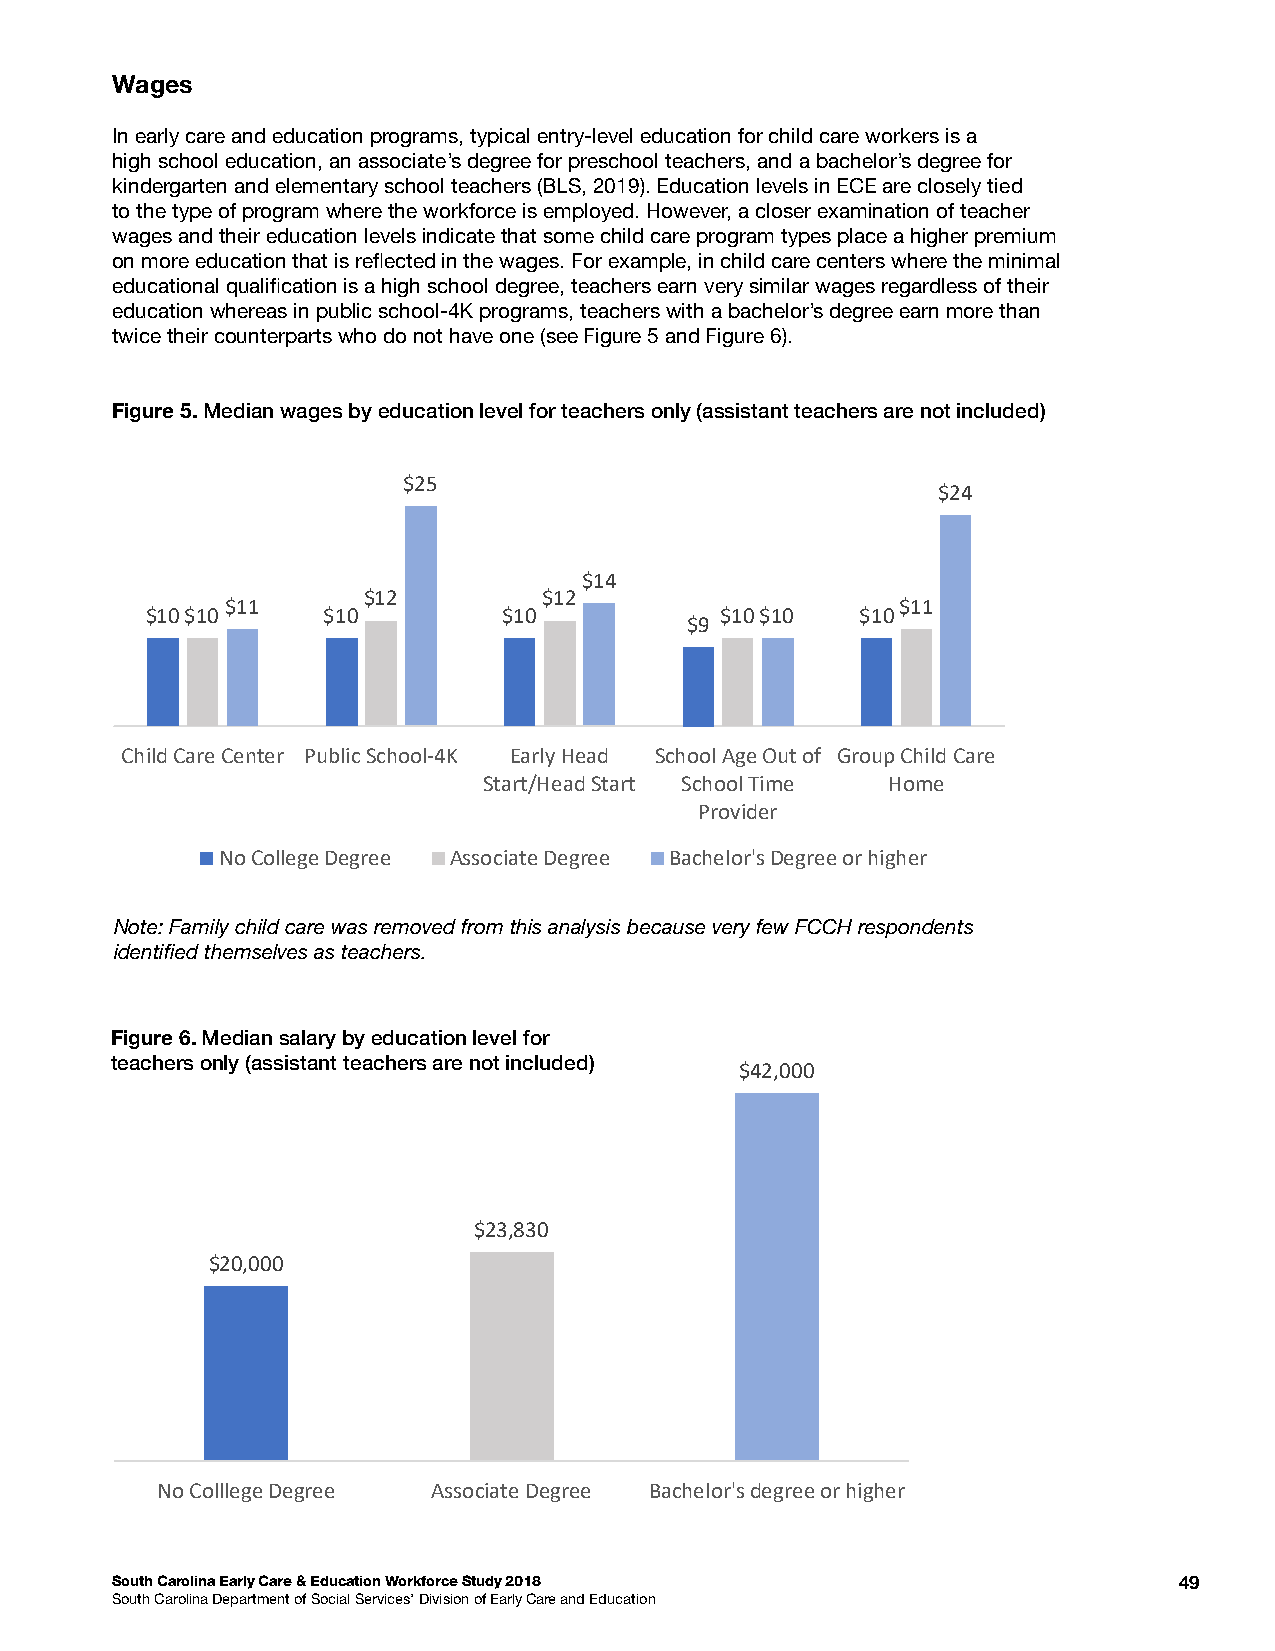
Wages
 In early care and education programs, typical entry-level education for child care workers is a
 high school education, an associate’s degree for preschool teachers, and a bachelor’s degree for
 kindergarten and elementary school teachers (BLS, 2019). Education levels in ECE are closely tied
 to the type of program where the workforce is employed. However, a closer examination of teacher
 wages and their education levels indicate that some child care program types place a higher premium
 on more education that is refected in the wages. For example, in child care centers where the minimal
 educational qualifcation is a high school degree, teachers earn very similar wages regardless of their
 education whereas in public school-4K programs, teachers with a bachelor’s degree earn more than
 twice their counterparts who do not have one (see Figure 5 and Figure 6).
 Figure 5. Median wages by education level for teachers only (assistant teachers are not included)
 $25
 $24
 $14
 $12         $12
 $11                                          $11
 $10 $10    $10         $10            $10 $10  $10
 $9
 Child Care Center Public School-4K Early Head School Age Out of Group Child Care
 Start/Head Start School Time Home
 Provider
 No College Degree Associate Degree Bachelor's Degree or higher
 Note: Family child care was removed from this analysis because very few FCCH respondents
 identifed themselves as teachers.
 Figure 6. Median salary by education level for
 teachers only (assistant teachers are not included)
 $42,000
 $23,830
 $20,000
 No Colllege Degree Associate Degree Bachelor's degree or higher
 South Carolina Early Care & Education Workforce Study 2018             49
 South Carolina Department of Social Services’ Division of Early Care and Education